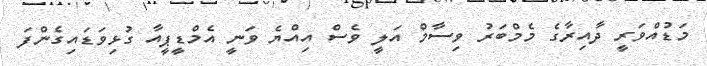
މަޑުއްވަރީ ދާއިރާގެ މެމްބަރު ވިސާމް އަލީ ވެސް އިއްޔެ ވަނީ އެމްޑީޕީއާ ގުޅިވަޑައިގެންފަ